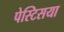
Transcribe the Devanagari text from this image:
पेस्टिसया